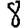
Digit: 8